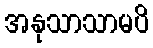
အနုသာသာမပိ